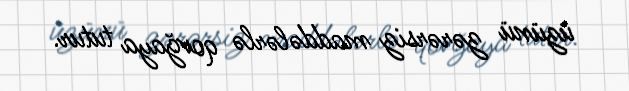
üzünü zərərsiz maddələrlə qovğaya tutur.